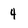
Character: 4